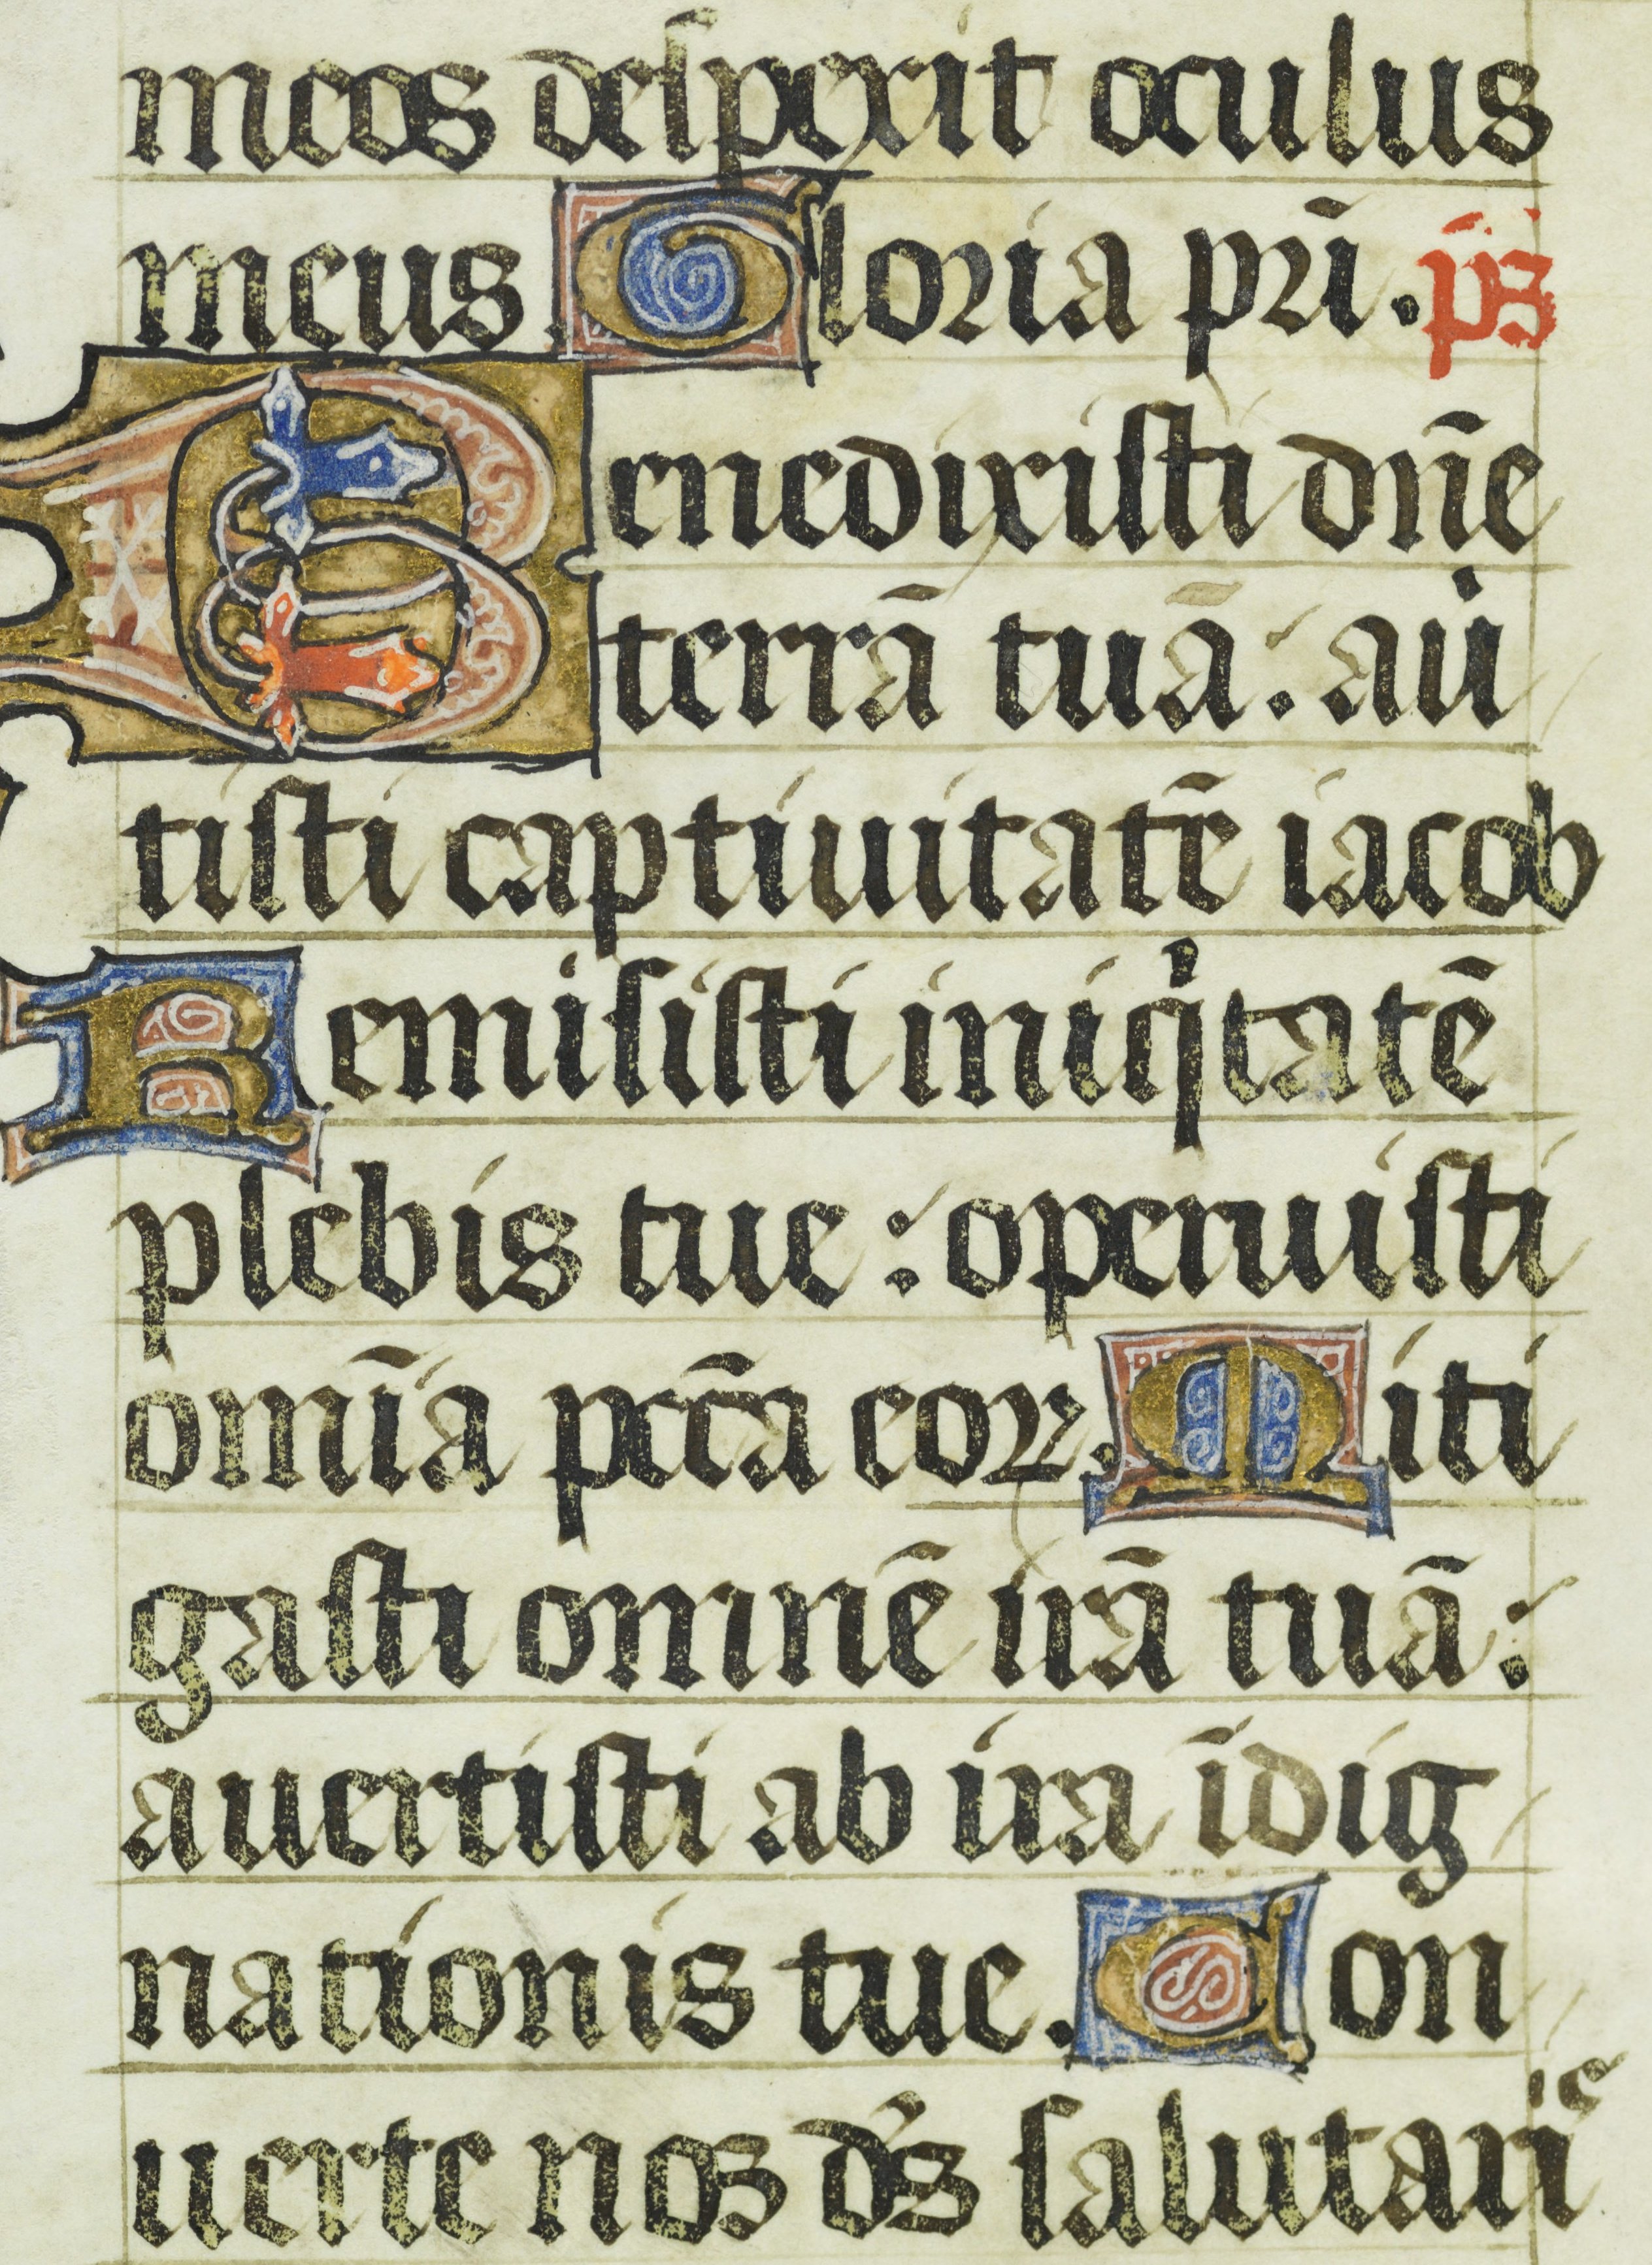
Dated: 1400–1449